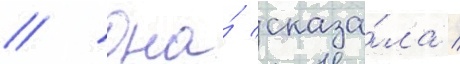
// Она́ сказа́ла /